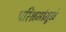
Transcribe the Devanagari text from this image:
परिश्रमांमुळे